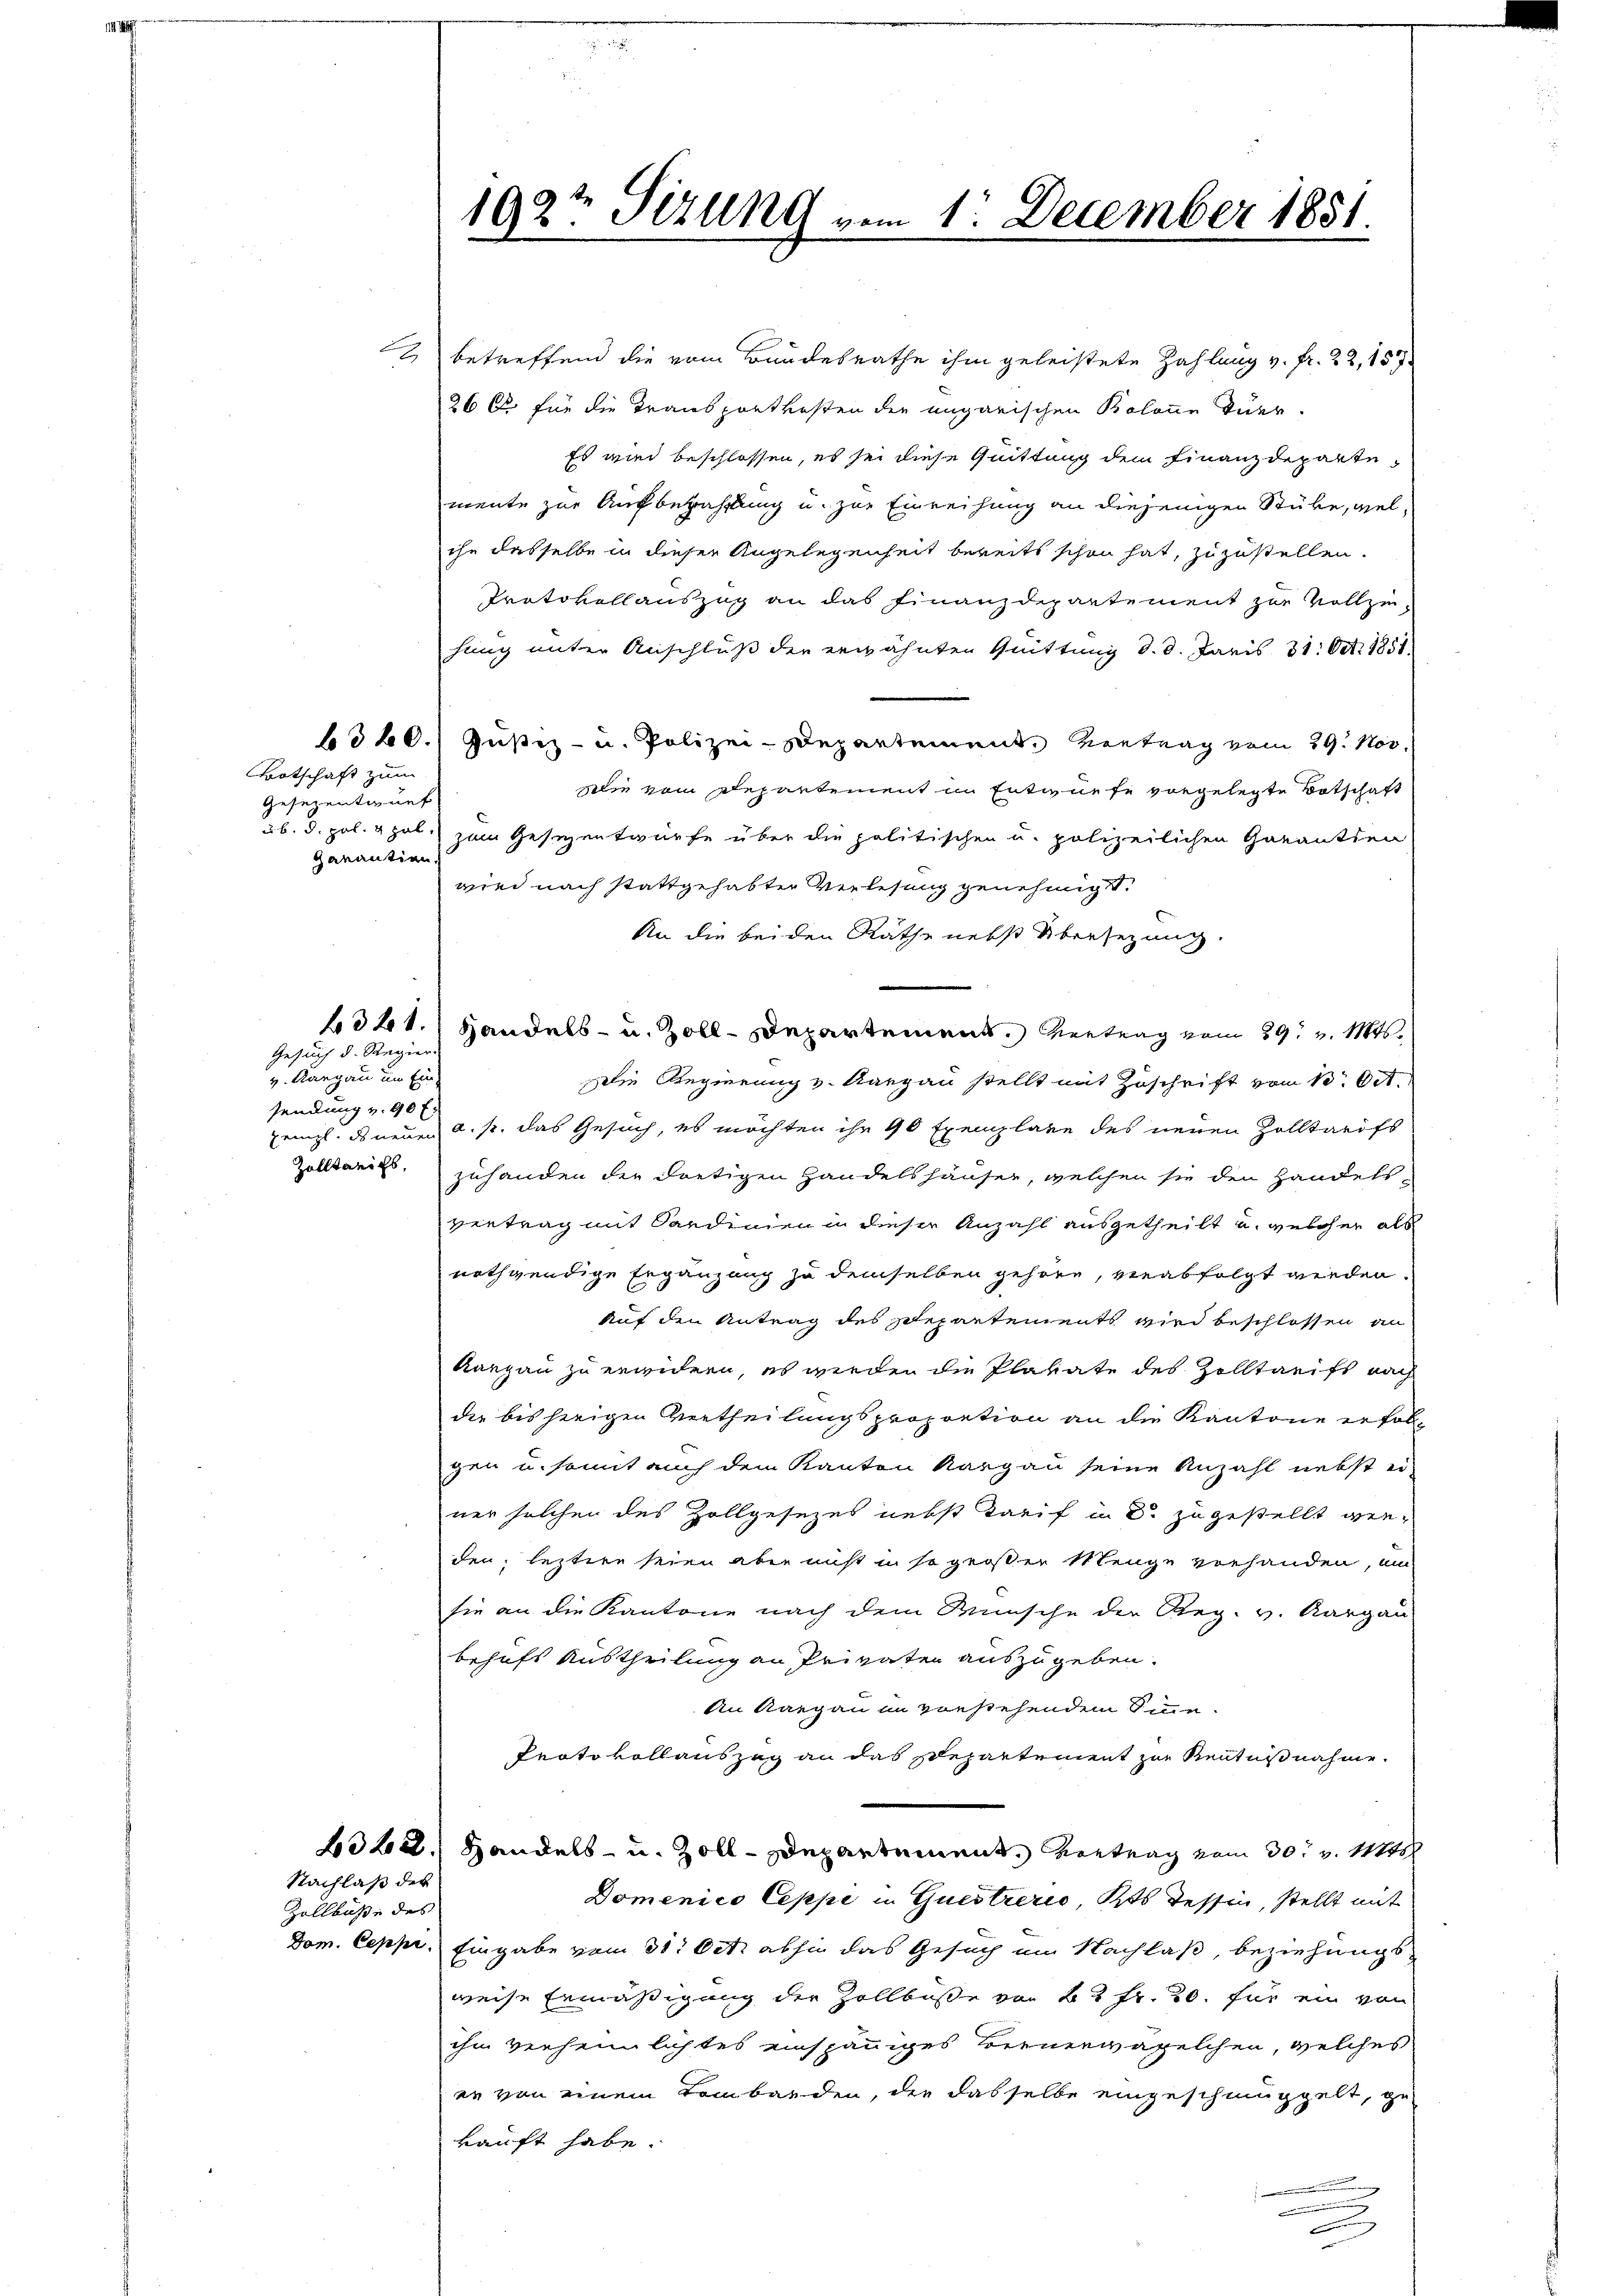
Botschaft zum
Gesezentwurf
garantien

A

Gesuch d. Regier
v. Aargau um Ein-
sendung v. 90 f.

328.

Zollbuße des

betreffend die vom Bundesrathe ihm geleistete Zahlung v. fr. 22, 157
26 l. für die Transportkosten der ungarischen Kolonne tuer
Es wird beschlossen, es sei diese Quittung dem Finanzdeparte
mente zur Aufbezahlung u. zur Einreihung an diejenigen Stübe, welihn dasselbe in dieser Angelegenheit bereits schon hat, zuzustellen.
Protokollauszug an das Finanzdepartement zur Vollzi
hung unter Anschluß der erwähnten Quittung d. d. Paris 31. Oct. 1851.
1360. Justiz- u. Polizei-Departement. Vertrag vom 29. Nov.
Die vom Departement in Entwurfe vorgelegte Botschaft
ub. d. pol. 2 hat zum Gesezentwürfe über die politischen u. polizeilichen Garantien
wird nach stattgehabter Verlesung genehmigt.
An die beiden Rathe nebst Übersezung.
Handels- u. Zoll-Departement. Vertrag vom 29. v. Mts.
Die Regierung v. Aargau stellt mit Zuschrift vom 13. Oct.
prinzl. ds neuen a. p. das Gesuch, es möchten ihr 90 Exemplare des neuen Zolltarifs
Zolltarifs, zuhanden der dortigen Handelshäuser, welchen sie den Handels-
vertrag mit Sardinien in dieser Anzahl ausgetheilt u. welcher als
nothwendige Ergänzung zu demselben gehöre, verabfolgt werden.
Auf den Antrag des Departements wird beschlossen an
Kangau zu erwidern, es werden die Plakate des Zolltarifs nach
die bisherigen Vertheilungsproportion an die Kantone erfol-
gen u. somit auch dem Kanton Aargau seine Anzahl nebst ei-
ner solchen des Zollgesezes nebst Tarif in dr zugestellt werden; leztere seien aber nicht in so großer Menge vorhanden, um
sie an die Kantone nach dem Wunsche der Reg. v. Aargau
behufs Austheilung an Privaten auszugeben.
An Aargau in vorstehendem Sinne
Protokollauszug an das Departement zur Kenntnißnahme.
2342. Handels- u. Zoll-Departement. Vortrag vom 30. v. Mt
Domenico Ceppe in Questrerić, Kts. Tessin, stellt mit
Dom. Ceppi. Eingabe vom 31. Oct. abhin das Gesuch im Nachlaß, beziehungsweise Ermäßigung der Zollbuße von 22 Fr. 20. für ein von
ihm verheimlichtes einspänniges Bernerwagelchen, welches
es von einem Tombarden, die dasselbe eingeschmuggelt, ge
kauft habe.
.
n
u

Nachlaß des

192t Sitzung vom 1. December 1881.